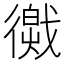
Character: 𢕽